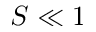
S \ll 1